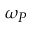
\omega _ { P }